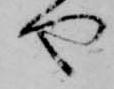
や